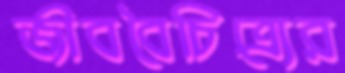
জীববৈচিত্র্যের